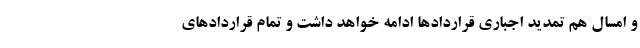
و امسال هم تمدید اجباری قراردادها ادامه خواهد داشت و تمام قراردادهای